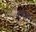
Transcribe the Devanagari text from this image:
बांवरा